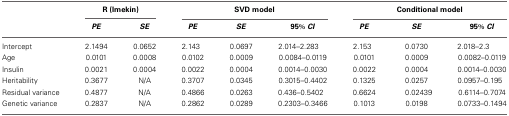
|  | <COLSPAN=2> R (lmekin) | <COLSPAN=3> SVD model | <COLSPAN=3> Conditional model |
 |  | PE | SE | PE | SE | 95%CI | PE | SE | 95% CI |
 | --- | --- | --- | --- | --- | --- | --- | --- | --- |
 | Intercept | 2.1494 | 0.0652 | 2.143 | 0.0697 | 2.014–2.283 | 2.153 | 0.0730 | 2.018–2.3 |
 | Age | 0.0101 | 0.0008 | 0.0102 | 0.0009 | 0.0084–0.0119 | 0.0101 | 0.0009 | 0.0082–0.0119 |
 | Insulin | 0.0021 | 0.0004 | 0.0022 | 0.0004 | 0.0014–0.0030 | 0.0022 | 0.0004 | 0.0014–0.0030 |
 | Heritability | 0.3677 | N/A | 0.3707 | 0.0345 | 0.3015–0.4402 | 0.1325 | 0.0257 | 0.0957–0.195 |
 | Residual variance | 0.4877 | N/A | 0.4866 | 0.0263 | 0.436–0.5402 | 0.6624 | 0.02439 | 0.6114–0.7074 |
 | Genetic variance | 0.2837 | N/A | 0.2862 | 0.0289 | 0.2303–0.3466 | 0.1013 | 0.0198 | 0.0733–0.1494 |